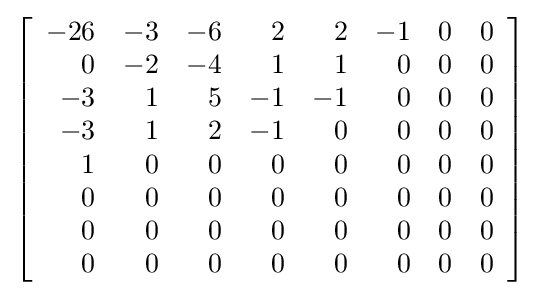
\left[{\begin{array}{rrrrrrrr}-26&-3&-6&2&2&-1&0&0\\0&-2&-4&1&1&0&0&0\\-3&1&5&-1&-1&0&0&0\\-3&1&2&-1&0&0&0&0\\1&0&0&0&0&0&0&0\\0&0&0&0&0&0&0&0\\0&0&0&0&0&0&0&0\\0&0&0&0&0&0&0&0\end{array}}\right]